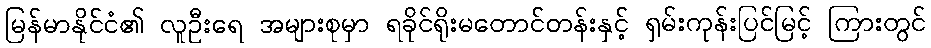
မြန်မာနိုင်ငံ၏ လူဦးရေ အများစုမှာ ရခိုင်ရိုးမတောင်တန်းနှင့် ရှမ်းကုန်းပြင်မြင့် ကြားတွင်